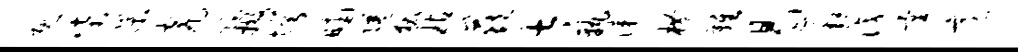
既柴杲瓮隐撤愕晡隘狐玷兹太孰漆横难曷邂识量意